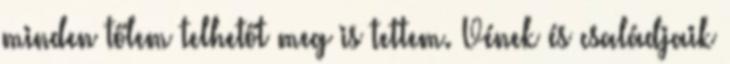
minden tőlem telhetőt meg is tettem. Vének és családjaik